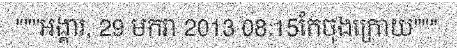
"""អង្គារ, 29 មករា 2013 08:15កែចុងក្រោយ"""